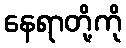
နေရာတို့ကို